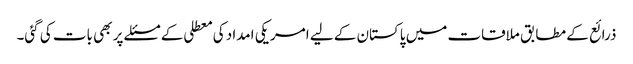
ذرائع کے مطابق ملاقات میں پاکستان کے لیے امریکی امداد کی معطلی کے مسئلے پر بھی بات کی گئی۔